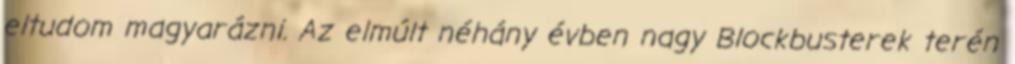
eltudom magyarázni. Az elmúlt néhány évben nagy Blockbusterek terén